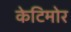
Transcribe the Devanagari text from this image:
केटिमोर